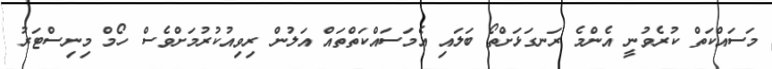
މަސައްކަތް ކުރެވުނީ އެންމެ ރަނގަޅަށްތޯ ބަލައި އެމަސައްކަތްތައް އަލުން ރިވިއުކުރުމަށްވެސް ހޯމް މިނިސްޓަރު